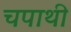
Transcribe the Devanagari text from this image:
चपाथी